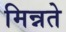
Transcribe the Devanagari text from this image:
मिन्नते